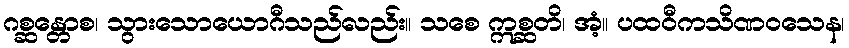
ဂစ္ဆန္တောစ၊ သွားသောယောဂီသည်လည်း။ သစေ ဣစ္ဆတိ၊ အံ့။ ပထဝီကသိဏဝသေန၊